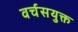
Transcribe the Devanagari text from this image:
वर्चसयुक्त